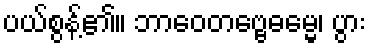
ပယ်စွန့်၏။ ဘာဝေတဗ္ဗေဓမ္မေ၊ ပွား